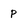
Character: p